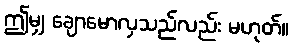
ဤမျှ ချောမောလှသည်လည်း မဟုတ်။